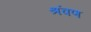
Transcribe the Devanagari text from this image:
श्रंवण